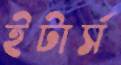
ইটার্স